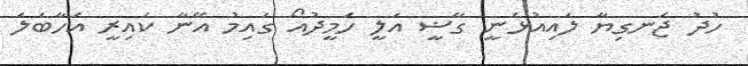
ހުދު ޖަނގިޔާ ލައިއުޅެނީ ގާޟީ އަލީ ހަމީދުއޯ ގައިމު އޭނާ ކައިރީ އަހާބަލަ